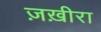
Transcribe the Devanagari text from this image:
ज़ख़ीरा